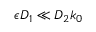
\epsilon D _ { 1 } \ll D _ { 2 } k _ { 0 }